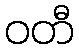
ဝတီ